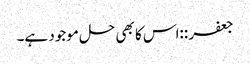
جعفر ::‌اس کا بھی حل موجود ہے۔